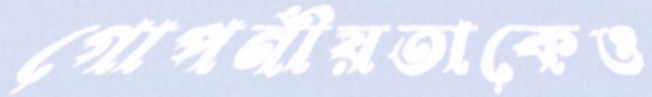
গোপনীয়তাকেও